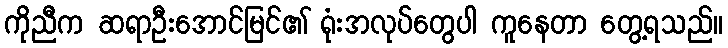
ကိုညီက ဆရာဦးအောင်မြင်၏ ရုံးအလုပ်တွေပါ ကူနေတာ တွေ့ရသည်။